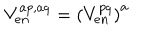
V _ { e n } ^ { a p , a q } = \left( V _ { e n } ^ { p q } \right) ^ { a }